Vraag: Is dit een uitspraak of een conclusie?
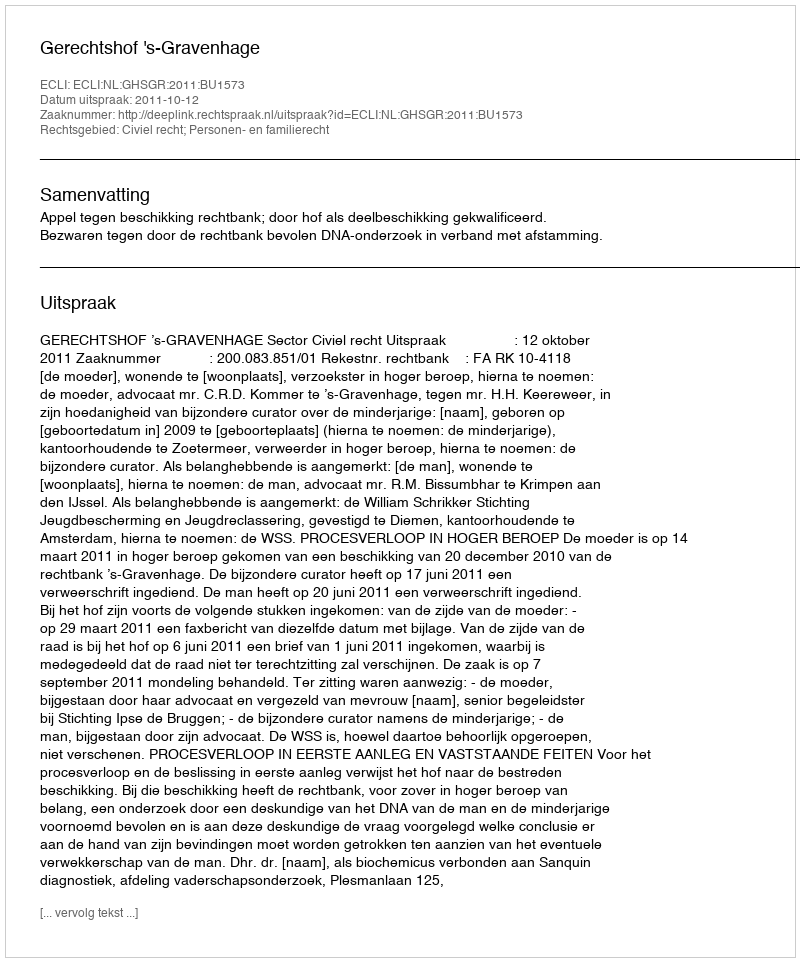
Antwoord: Uitspraak